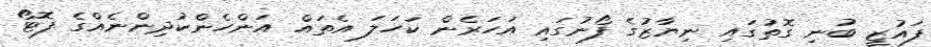
ފައުޒީ ބުނި ގޮތުގައި ނިޔާޒުގެ ފޯނުގައި އަހަރެން ކަހަލަ އެތައް އަންހެންކުދިންނެއްގެ ފޮޓޯ